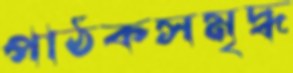
পাঠকসমৃদ্ধ